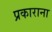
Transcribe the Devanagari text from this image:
प्रकाराना